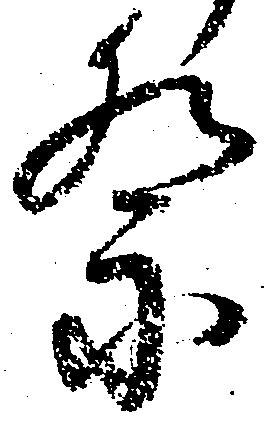
祭